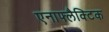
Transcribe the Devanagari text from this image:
एनाफ्लैक्टिक